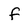
Character: f